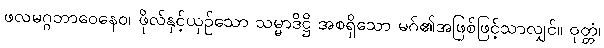
ဖလမဂ္ဂဘာဝေနေဝ၊ ဖိုလ်နှင့်ယှဉ်သော သမ္မာဒိဋ္ဌိ အစရှိသော မဂ်၏အဖြစ်ဖြင့်သာလျှင်။ ဝုတ္တံ၊